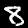
Label: 8